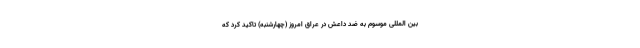
بین المللی موسوم به ضد داعش در عراق امروز (چهارشنبه) تاکید کرد که